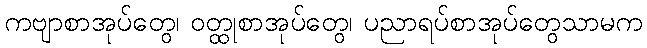
ကဗျာစာအုပ်တွေ၊ ဝတ္ထုစာအုပ်တွေ၊ ပညာရပ်စာအုပ်တွေသာမက